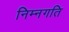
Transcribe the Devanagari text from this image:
निम्नगति